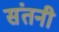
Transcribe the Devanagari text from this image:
संतनी